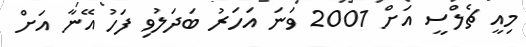
މިއީ ޗެލްސީ އަށް 2001 ވަނަ އަހަރު ބަދަލުވި ފަހު އޭނާ އަށް